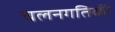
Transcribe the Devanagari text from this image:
चलनगतिकी